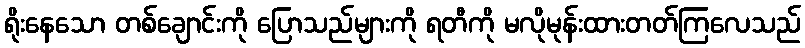
ရိုးနေသော တစ်ချောင်းကို ပြောသည်များကို ရတီကို မလိုမုန်းထားတတ်ကြလေသည်